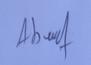
Signature authenticity: genuine